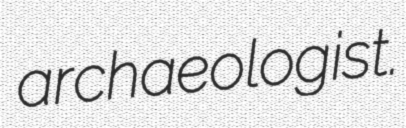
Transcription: archaeologist.